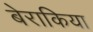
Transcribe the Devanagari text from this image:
बेराकिया